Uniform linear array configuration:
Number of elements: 8
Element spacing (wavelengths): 1
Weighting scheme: hann
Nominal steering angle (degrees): -30
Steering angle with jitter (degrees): -28.279
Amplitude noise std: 0.05
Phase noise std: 0.05

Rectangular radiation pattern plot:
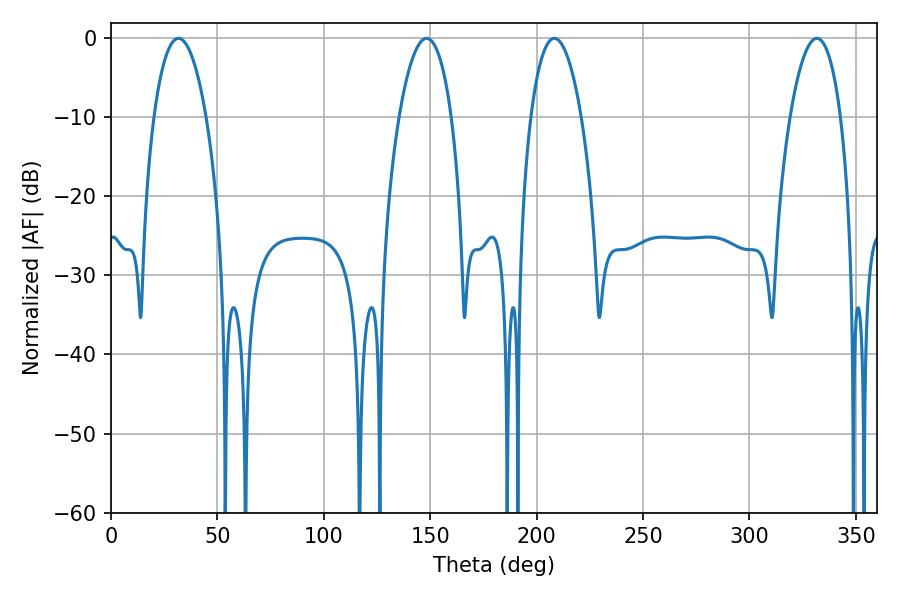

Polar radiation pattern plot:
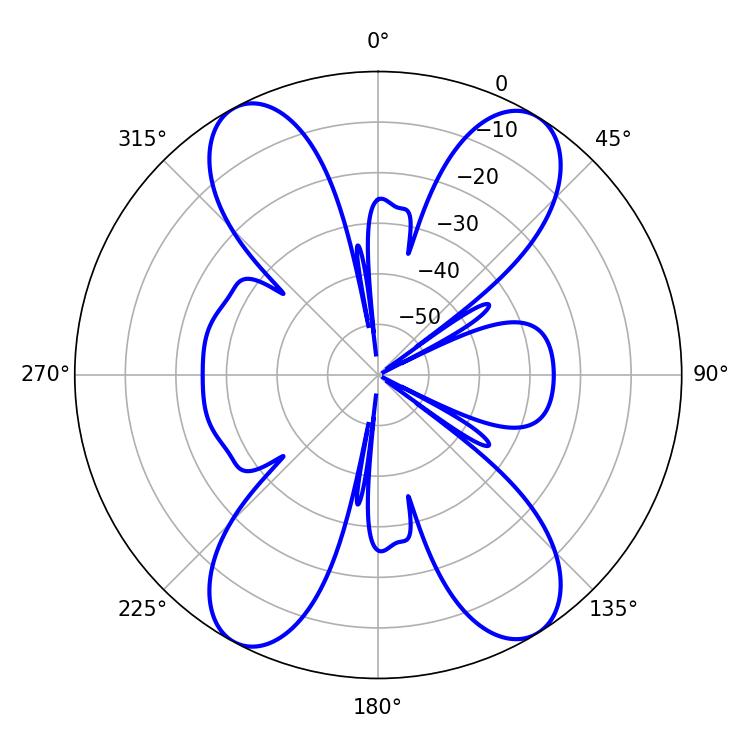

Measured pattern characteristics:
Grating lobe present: TRUE
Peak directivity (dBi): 17.929
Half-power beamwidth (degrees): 13.86
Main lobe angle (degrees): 31.68